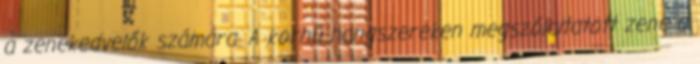
a zenekedvelők számára. A korhű hangszereken megszólaltatott zene a